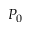
P _ { 0 }